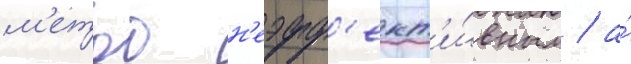
м'етод н'еэфф'ект'и́вным / а́